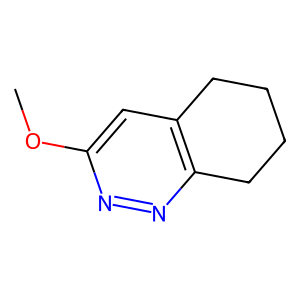
SMILES: COc1cc2c(nn1)CCCC2
Inhibits HIV replication: No